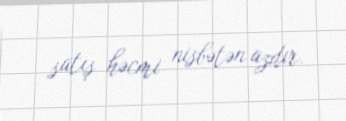
satış həcmi nisbətən azdır.